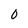
Character: 0